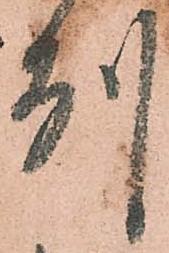
州